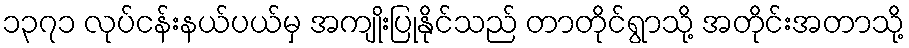
၁၃၇၁ လုပ်ငန်းနယ်ပယ်မှ အကျိုးပြုနိုင်သည် တာတိုင်ရွာသို့ အတိုင်းအတာသို့